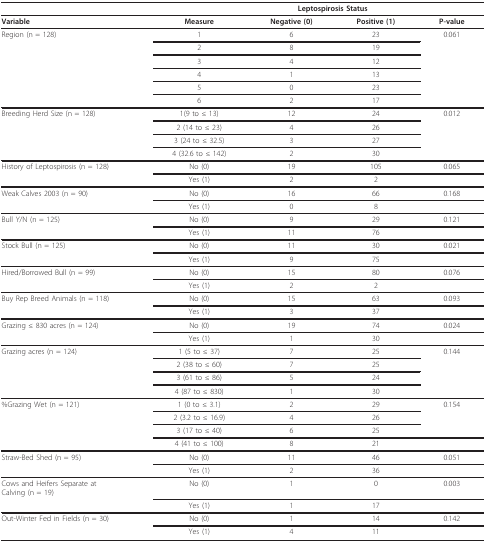
<table><thead><tr><td></td><td></td><td colspan="2"><b>Leptospirosis Status</b></td><td></td></tr></thead><tbody><tr><td><b>Variable</b></td><td><b>Measure</b></td><td><b>Negative (0)</b></td><td><b>Positive (1)</b></td><td><b>P-value</b></td></tr><tr><td>Region (n = 128)</td><td>1</td><td>6</td><td>23</td><td>0.061</td></tr><tr><td></td><td>2</td><td>8</td><td>19</td><td></td></tr><tr><td></td><td>3</td><td>4</td><td>12</td><td></td></tr><tr><td></td><td>4</td><td>1</td><td>13</td><td></td></tr><tr><td></td><td>5</td><td>0</td><td>23</td><td></td></tr><tr><td></td><td>6</td><td>2</td><td>17</td><td></td></tr><tr><td>Breeding Herd Size (n = 128)</td><td>1(9 to ≤ 13)</td><td>12</td><td>24</td><td>0.012</td></tr><tr><td></td><td>2 (14 to ≤ 23)</td><td>4</td><td>26</td><td></td></tr><tr><td></td><td>3 (24 to ≤ 32.5)</td><td>3</td><td>27</td><td></td></tr><tr><td></td><td>4 (32.6 to ≤ 142)</td><td>2</td><td>30</td><td></td></tr><tr><td>History of Leptospirosis (n = 128)</td><td>No (0)</td><td>19</td><td>105</td><td>0.065</td></tr><tr><td></td><td>Yes (1)</td><td>2</td><td>2</td><td></td></tr><tr><td>Weak Calves 2003 (n = 90)</td><td>No (0)</td><td>16</td><td>66</td><td>0.168</td></tr><tr><td></td><td>Yes (1)</td><td>0</td><td>8</td><td></td></tr><tr><td>Bull Y/N (n = 125)</td><td>No (0)</td><td>9</td><td>29</td><td>0.121</td></tr><tr><td></td><td>Yes (1)</td><td>11</td><td>76</td><td></td></tr><tr><td>Stock Bull (n = 125)</td><td>No (0)</td><td>11</td><td>30</td><td>0.021</td></tr><tr><td></td><td>Yes (1)</td><td>9</td><td>75</td><td></td></tr><tr><td>Hired/Borrowed Bull (n = 99)</td><td>No (0)</td><td>15</td><td>80</td><td>0.076</td></tr><tr><td></td><td>Yes (1)</td><td>2</td><td>2</td><td></td></tr><tr><td>Buy Rep Breed Animals (n = 118)</td><td>No (0)</td><td>15</td><td>63</td><td>0.093</td></tr><tr><td></td><td>Yes (1)</td><td>3</td><td>37</td><td></td></tr><tr><td>Grazing ≤ 830 acres (n = 124)</td><td>No (0)</td><td>19</td><td>74</td><td>0.024</td></tr><tr><td></td><td>Yes (1)</td><td>1</td><td>30</td><td></td></tr><tr><td>Grazing acres (n = 124)</td><td>1 (5 to ≤ 37)</td><td>7</td><td>25</td><td>0.144</td></tr><tr><td></td><td>2 (38 to ≤ 60)</td><td>7</td><td>25</td><td></td></tr><tr><td></td><td>3 (61 to ≤ 86)</td><td>5</td><td>24</td><td></td></tr><tr><td></td><td>4 (87 to ≤ 830)</td><td>1</td><td>30</td><td></td></tr><tr><td>%Grazing Wet (n = 121)</td><td>1 (0 to ≤ 3.1)</td><td>2</td><td>29</td><td>0.154</td></tr><tr><td></td><td>2 (3.2 to ≤ 16.9)</td><td>4</td><td>26</td><td></td></tr><tr><td></td><td>3 (17 to ≤ 40)</td><td>6</td><td>25</td><td></td></tr><tr><td></td><td>4 (41 to ≤ 100)</td><td>8</td><td>21</td><td></td></tr><tr><td>Straw-Bed Shed (n = 95)</td><td>No (0)</td><td>11</td><td>46</td><td>0.051</td></tr><tr><td></td><td>Yes (1)</td><td>2</td><td>36</td><td></td></tr><tr><td>Cows and Heifers Separate atCalving (n = 19)</td><td>No (0)</td><td>1</td><td>0</td><td>0.003</td></tr><tr><td></td><td>Yes (1)</td><td>1</td><td>17</td><td></td></tr><tr><td>Out-Winter Fed in Fields (n = 30)</td><td>No (0)</td><td>1</td><td>14</td><td>0.142</td></tr><tr><td></td><td>Yes (1)</td><td>4</td><td>11</td><td></td></tr></tbody></table>